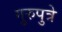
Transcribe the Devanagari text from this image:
गुरुपुत्रे